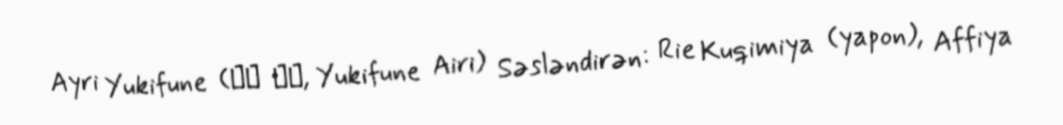
Ayri Yukifune (行舟 愛理, Yukifune Airi) Səsləndirən: Rie Kuqimiya (yapon), Affiya